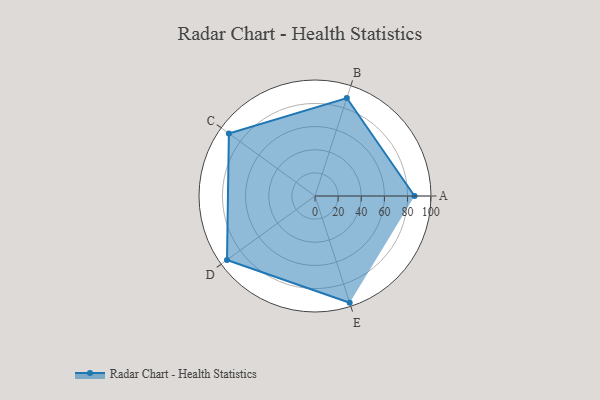
{"axis": {"x": "Skill", "y": "Score"}, "legend": ["Profile"], "data": [{"x": "A", "y": 86.0, "type": "Profile"}, {"x": "B", "y": 89.0, "type": "Profile"}, {"x": "C", "y": 92.0, "type": "Profile"}, {"x": "D", "y": 94.0, "type": "Profile"}, {"x": "E", "y": 97.0, "type": "Profile"}]}